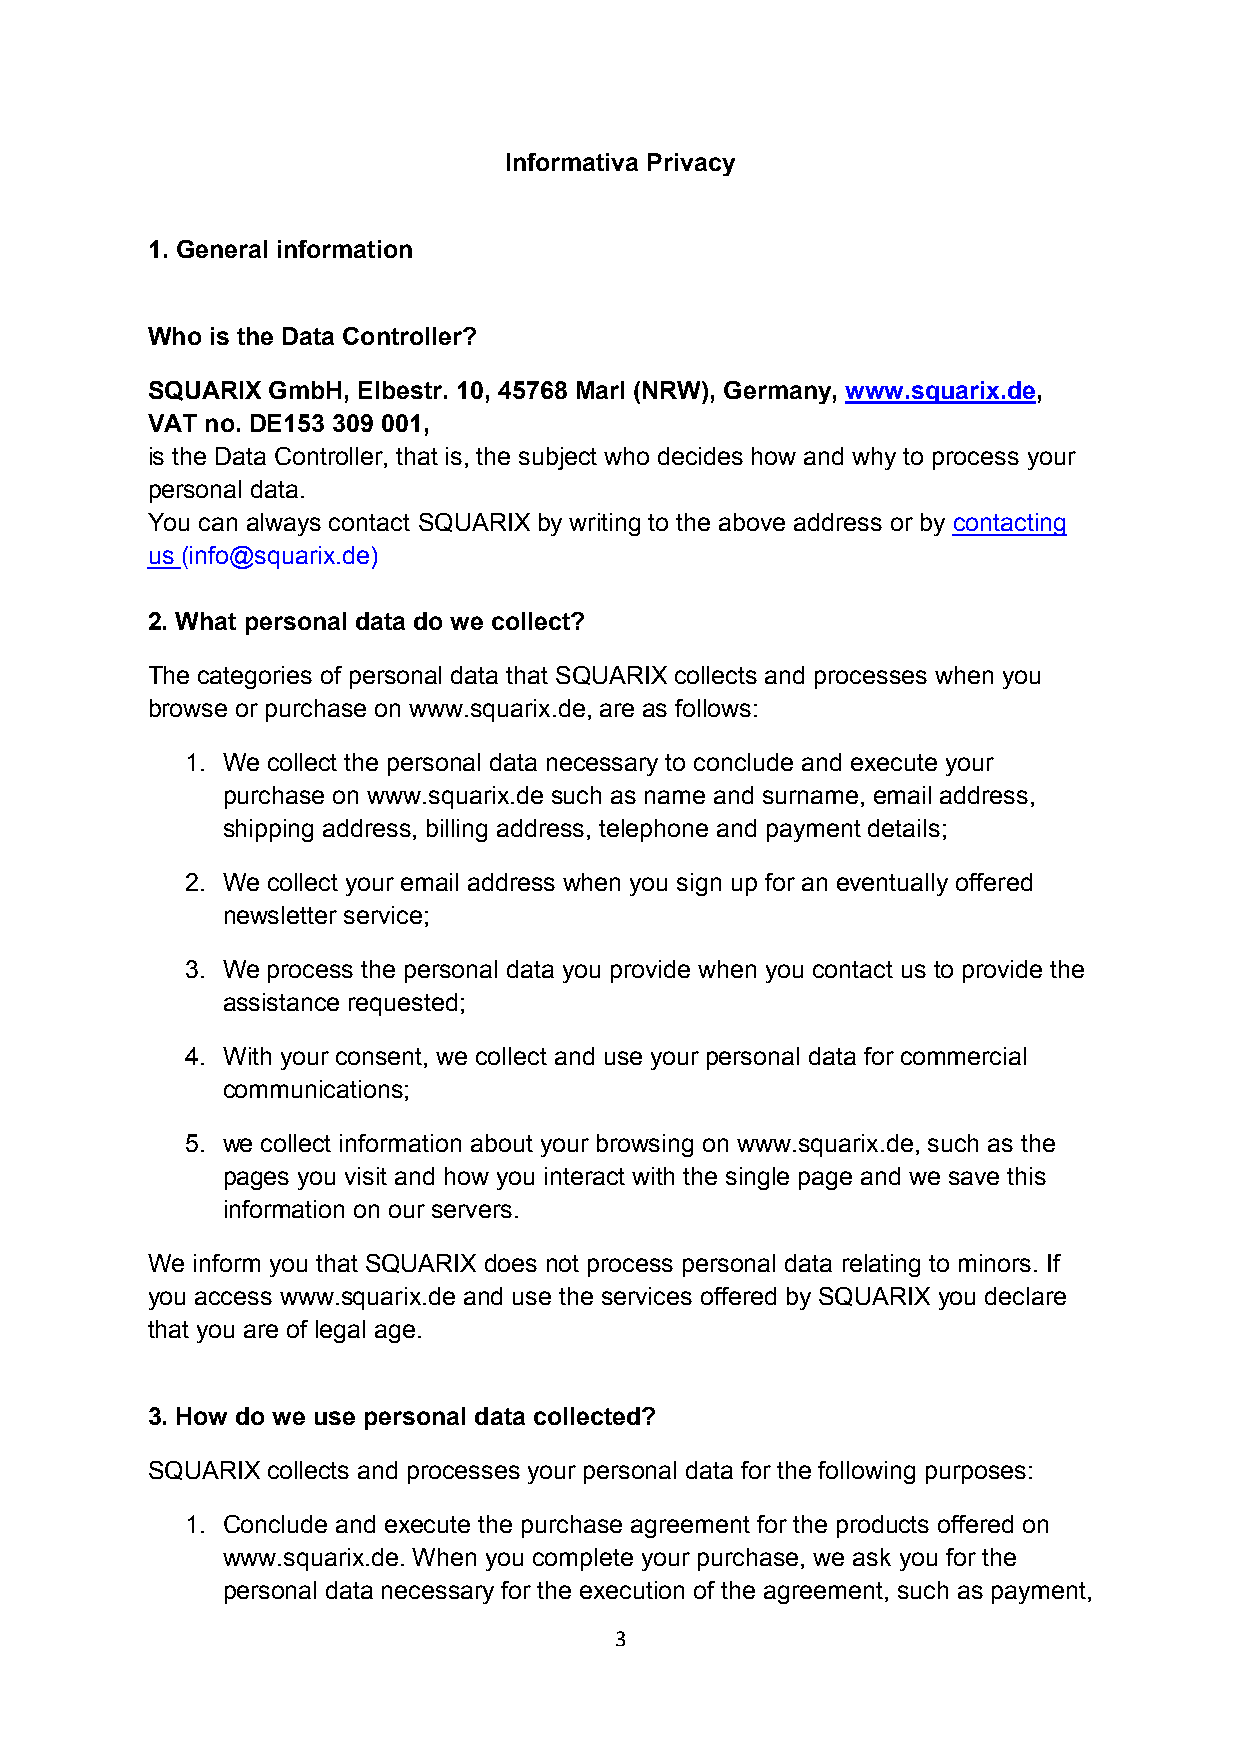
Informativa Privacy
 1. General information
 Who is the Data Controller?
 SQUARIX GmbH, Elbestr. 10, 45768 Marl (NRW), Germany, www.squarix.de,
 VAT no. DE153 309 001,
 is the Data Controller, that is, the subject who decides how and why to process your
 personal data.
 You can always contact SQUARIX by writing to the above address or by contacting
 us (info@squarix.de)
 2. What personal data do we collect?
 The categories of personal data that SQUARIX collects and processes when you
 browse or purchase on www.squarix.de, are as follows:
 1. We collect the personal data necessary to conclude and execute your
 purchase on www.squarix.de such as name and surname, email address,
 shipping address, billing address, telephone and payment details;
 2. We collect your email address when you sign up for an eventually offered
 newsletter service;
 3. We process the personal data you provide when you contact us to provide the
 assistance requested;
 4. With your consent, we collect and use your personal data for commercial
 communications;
 5. we collect information about your browsing on www.squarix.de, such as the
 pages you visit and how you interact with the single page and we save this
 information on our servers.
 We inform you that SQUARIX does not process personal data relating to minors. If
 you access www.squarix.de and use the services offered by SQUARIX you declare
 that you are of legal age.
 3. How do we use personal data collected?
 SQUARIX collects and processes your personal data for the following purposes:
 1. Conclude and execute the purchase agreement for the products offered on
 www.squarix.de. When you complete your purchase, we ask you for the
 personal data necessary for the execution of the agreement, such as payment,
 3